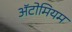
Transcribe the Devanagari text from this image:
अॅटोमियम